Lunatic asylums Madras 1877-1891 - 1877-1891
Year: 1877
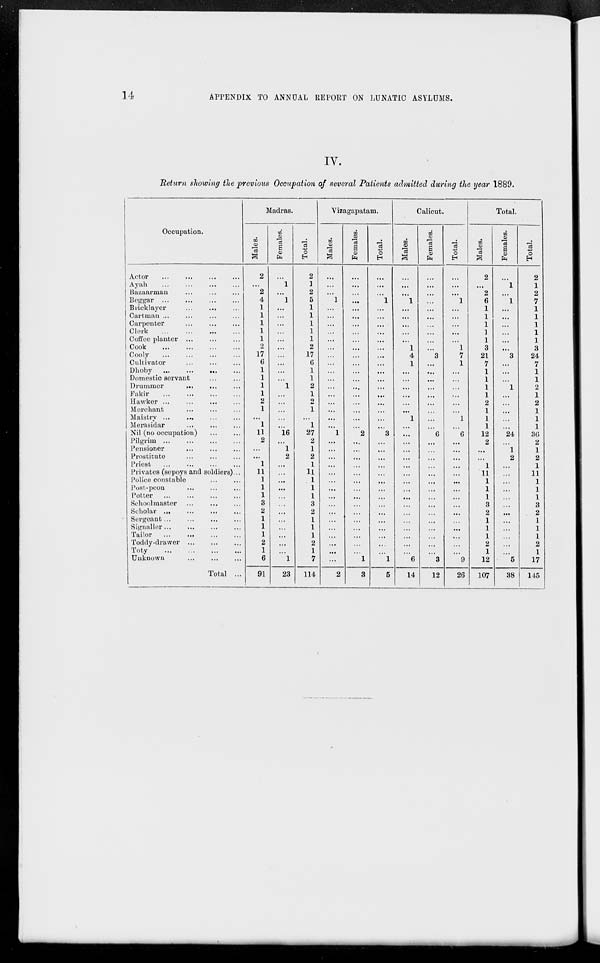
14
APPENDIX TO ANNUAL REPORT ON LUNATIC ASYLUMS.
IV.
Return showing the previous Occupation of several Patients admitted during the year 1889.
Occupation.
Actor
...
...
...
...
Ayah ... ... ... ...
Bazaarman ... ... ...
Beggar
...
...
...
...
Bricklayer ... ... ...
Cartman ... ... ... ...
Carpenter ... ... ...
Clerk
...
...
...
...
Coffee planter
...
...
...
Cook ... ... ... ...
Cooly
...
...
...
...
Cultivator
...
...
...
Dhoby
...
...
...
...
Domestic servant ... ...
Drummer
...
...
...
Fakir
...
...
...
...
Hawker
...
...
...
...
Merchant ... ... ...
Maistry
...
...
...
...
Merasidar
...
...
...
Nil (no occupation)
...
...
Pilgrim
...
...
...
...
Pensioner
...
...
...
Prostitute ... ... ...
Priest
...
...
...
...
Privates (sepoys and soldiers) ...
Police constable
...
...
Post-peon ... ... ...
Potter
...
...
...
...
Schoolmaster ... ... ...
Scholar
...
...
...
...
Sergeant ... ... ... ...
Signaller ... ... ... ...
Tailor
...
...
...
...
Toddy-drawer
...
...
...
Toty
...
...
...
...
Unknown
...
...
...
Total ...
Madras.
Males.
2
...
2
4
1
1
1
1
1
2
17
6
1
1
1
1
2
1
...
1
11
2
...
...
1
11
1
1
1
3
2
1
1
1
2
1
6
91
Females.
...
1
...
1
...
...
...
...
...
...
...
...
...
...
1
...
...
...
...
...
16
...
1
2
...
...
...
...
...
...
...
...
...
...
...
...
1
23
Total.
2
1
2
5
1
1
1
1
1
2
17
6
1
1
2
1
2
1
...
1
27
2
1
2
1
11
1
1
1
3
2
1
1
1
2
1
7
114
Vizagapatam.
Males.
...
...
...
1
...
...
...
...
...
...
...
...
...
...
...
...
...
...
...
...
1
...
...
...
...
...
...
...
...
...
...
...
...
...
...
...
...
2
Females.
...
...
...
...
...
...
...
...
...
...
...
...
...
...
...
...
...
...
...
...
2
...
...
...
...
...
...
...
...
...
...
...
...
...
...
...
1
3
Total.
...
...
...
1
...
...
...
...
...
...
...
...
...
...
...
...
...
...
...
...
3
...
...
...
...
...
...
...
...
...
...
...
...
...
...
...
1
5
Calicut.
Males.
...
...
...
1
...
...
...
...
...
1
4
1
...
...
...
...
...
...
1
...
...
...
...
...
...
...
...
...
...
...
...
...
...
...
...
...
6
14
Females.
...
...
...
...
...
...
...
...
...
...
3
...
...
...
...
...
...
...
...
...
6
...
...
...
...
...
...
...
...
...
...
...
...
...
...
...
3
12
Total.
...
...
...
1
...
...
...
...
...
1
7
1
...
...
...
...
...
...
1
...
6
...
...
...
...
...
...
...
...
...
...
...
...
...
...
...
9
26
Total.
Males.
2
...
2
6
1
1
1
1
1
1
21
7
1
1
2
1
2
1
1
1
12
2
...
...
1
11
1
1
1
3
2
1
1
1
2
1
12
107
Females.
...
1
...
1
...
...
...
...
...
...
3
...
...
...
1
...
...
...
...
...
24
...
1
2
...
...
...
...
...
...
...
...
...
...
...
...
5
38
Total.
2
1
2
7
1
1
1
1
1
3
24
7
1
1
2
1
2
1
1
1
36
2
1
2
1
11
1
1
1
3
2
1
1
1
2
1
17
145